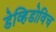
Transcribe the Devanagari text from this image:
डेव्हिडोविच